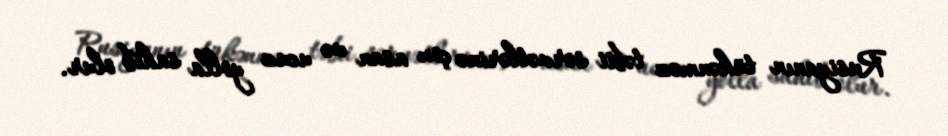
Rusiyanın tükənməz təbii sərvətlərinə çox asan və ucuz yolla sahib olur.